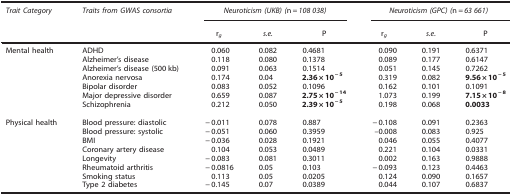
<table><thead><tr><td><b><i>Trait Category</i></b></td><td><b><i>Traits from GWAS consortia</i></b></td><td colspan="3"><b><i>Neuroticism (UKB) (</i>n=<i>108 038)</i></b></td><td colspan="3"><b><i>Neuroticism (GPC) (</i>n=<i>63 661)</i></b></td></tr><tr><td><b> </b></td><td><b> </b></td><td><b>r<sub><i>g</i></sub></b></td><td><b><i>s.e.</i></b></td><td><b>P</b></td><td><b>r<sub><i>g</i></sub></b></td><td><b><i>s.e.</i></b></td><td><b>P</b></td></tr></thead><tbody><tr><td>Mental health</td><td>ADHD</td><td>0.060</td><td>0.082</td><td>0.4681</td><td>0.090</td><td>0.191</td><td>0.6371</td></tr><tr><td> </td><td>Alzheimer&#x27;s disease</td><td>0.118</td><td>0.080</td><td>0.1378</td><td>0.089</td><td>0.177</td><td>0.6147</td></tr><tr><td> </td><td>Alzheimer&#x27;s disease (500 kb)</td><td>0.091</td><td>0.063</td><td>0.1514</td><td>0.051</td><td>0.145</td><td>0.7262</td></tr><tr><td> </td><td>Anorexia nervosa</td><td>0.174</td><td>0.04</td><td><b>2.36 × 10<sup>−5</sup></b></td><td>0.319</td><td>0.082</td><td><b>9.56 × 10<sup>−5</sup></b></td></tr><tr><td> </td><td>Bipolar disorder</td><td>0.083</td><td>0.052</td><td>0.1096</td><td>0.162</td><td>0.101</td><td>0.1091</td></tr><tr><td> </td><td>Major depressive disorder</td><td>0.659</td><td>0.087</td><td><b>2.75 × 10<sup>−14</sup></b></td><td>1.073</td><td>0.199</td><td><b>7.15 × 10<sup>−8</sup></b></td></tr><tr><td> </td><td>Schizophrenia</td><td>0.212</td><td>0.050</td><td><b>2.39 × 10<sup>−5</sup></b></td><td>0.198</td><td>0.068</td><td><b>0.0033</b></td></tr><tr><td> </td><td> </td><td> </td><td> </td><td> </td><td> </td><td> </td><td> </td></tr><tr><td>Physical health</td><td>Blood pressure: diastolic</td><td>−0.011</td><td>0.078</td><td>0.887</td><td>−0.108</td><td>0.091</td><td>0.2363</td></tr><tr><td> </td><td>Blood pressure: systolic</td><td>−0.051</td><td>0.060</td><td>0.3959</td><td>–0.008</td><td>0.083</td><td>0.925</td></tr><tr><td> </td><td>BMI</td><td>−0.036</td><td>0.028</td><td>0.1921</td><td>0.046</td><td>0.055</td><td>0.4077</td></tr><tr><td> </td><td>Coronary artery disease</td><td>0.104</td><td>0.053</td><td>0.0489</td><td>0.221</td><td>0.104</td><td>0.0331</td></tr><tr><td> </td><td>Longevity</td><td>−0.083</td><td>0.081</td><td>0.3011</td><td>0.002</td><td>0.163</td><td>0.9888</td></tr><tr><td> </td><td>Rheumatoid arthritis</td><td>−0.0816</td><td>0.05</td><td>0.103</td><td>−0.093</td><td>0.123</td><td>0.4463</td></tr><tr><td> </td><td>Smoking status</td><td>0.113</td><td>0.05</td><td>0.0205</td><td>0.124</td><td>0.090</td><td>0.1657</td></tr><tr><td> </td><td>Type 2 diabetes</td><td>−0.145</td><td>0.07</td><td>0.0389</td><td>0.044</td><td>0.107</td><td>0.6837</td></tr></tbody></table>